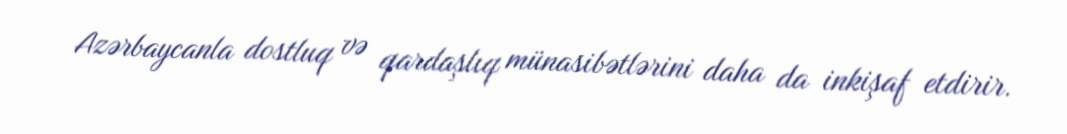
Azərbaycanla dostluq və qardaşlıq münasibətlərini daha da inkişaf etdirir.